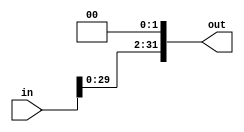
`timescale 1ns / 1ps
//////////////////////////////////////////////////////////////////////////////////
// Company: 
// Engineer: 
// 
// Design Name: 
// Module Name: sheftLeft2
// Project Name: 
// Target Devices: 
// Tool Versions: 
// Description: 
// 
// Dependencies: 
// 
// Revision:
// Revision 0.01 - File Created
// Additional Comments:
// 
//////////////////////////////////////////////////////////////////////////////////


module sheftLeft2(in, out);
    input [31:0] in;
    output reg [31:0] out;
    
    always @(in) begin
        out <= in<<2;
    end
endmodule